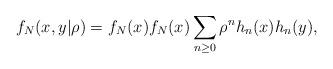
LaTeX: \begin{align*}f_{N}(x,y|\rho )=f_{N}(x)f_{N}(x)\sum_{n\geq 0}\rho ^{n}h_{n}(x)h_{n}(y),\end{align*}